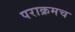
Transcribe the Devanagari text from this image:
पराक्रमच